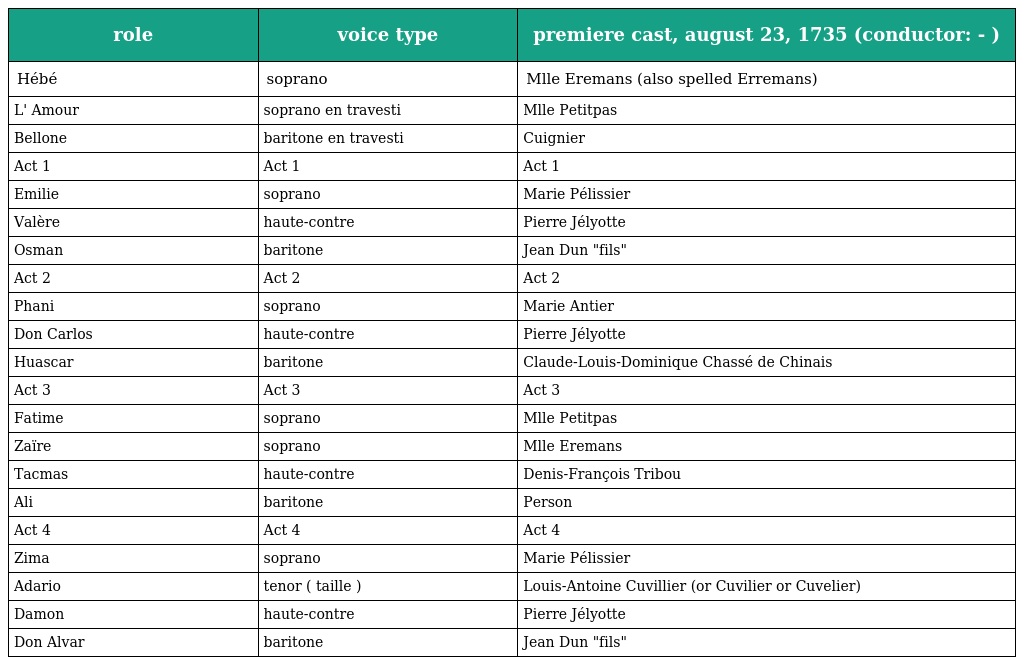
| role | voice type | premiere cast, august 23, 1735 (conductor: - ) |
 | --- | --- | --- |
 | Hébé | soprano | Mlle Eremans (also spelled Erremans) |
 | L' Amour | soprano en travesti | Mlle Petitpas |
 | Bellone | baritone en travesti | Cuignier |
 | Act 1 | Act 1 | Act 1 |
 | Emilie | soprano | Marie Pélissier |
 | Valère | haute-contre | Pierre Jélyotte |
 | Osman | baritone | Jean Dun "fils" |
 | Act 2 | Act 2 | Act 2 |
 | Phani | soprano | Marie Antier |
 | Don Carlos | haute-contre | Pierre Jélyotte |
 | Huascar | baritone | Claude-Louis-Dominique Chassé de Chinais |
 | Act 3 | Act 3 | Act 3 |
 | Fatime | soprano | Mlle Petitpas |
 | Zaïre | soprano | Mlle Eremans |
 | Tacmas | haute-contre | Denis-François Tribou |
 | Ali | baritone | Person |
 | Act 4 | Act 4 | Act 4 |
 | Zima | soprano | Marie Pélissier |
 | Adario | tenor ( taille ) | Louis-Antoine Cuvillier (or Cuvilier or Cuvelier) |
 | Damon | haute-contre | Pierre Jélyotte |
 | Don Alvar | baritone | Jean Dun "fils" |